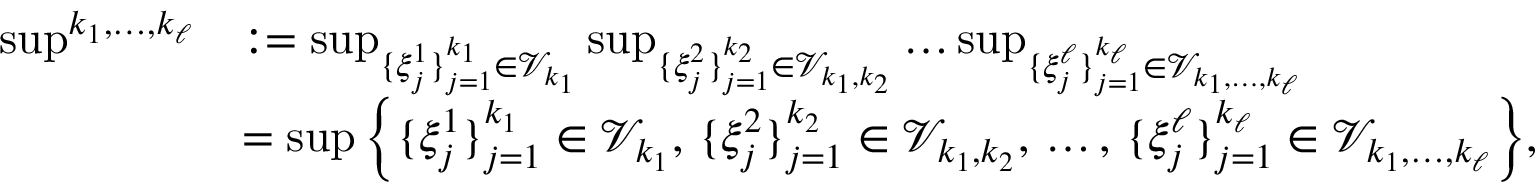
\begin{array} { r l } { { \operatorname* { s u p } } ^ { k _ { 1 } , \dots , k _ { \ell } } } & { : = \operatorname* { s u p } _ { \{ \xi _ { j } ^ { 1 } \} _ { j = 1 } ^ { k _ { 1 } } \in \mathcal { V } _ { k _ { 1 } } } \operatorname* { s u p } _ { \{ \xi _ { j } ^ { 2 } \} _ { j = 1 } ^ { k _ { 2 } } \in \mathcal { V } _ { k _ { 1 } , k _ { 2 } } } \dots \operatorname* { s u p } _ { \{ \xi _ { j } ^ { \ell } \} _ { j = 1 } ^ { k _ { \ell } } \in \mathcal { V } _ { k _ { 1 } , \dots , k _ { \ell } } } } \\ & { = \operatorname* { s u p } \Big \{ \{ \xi _ { j } ^ { 1 } \} _ { j = 1 } ^ { k _ { 1 } } \in \mathcal { V } _ { k _ { 1 } } , \, \{ \xi _ { j } ^ { 2 } \} _ { j = 1 } ^ { k _ { 2 } } \in \mathcal { V } _ { k _ { 1 } , k _ { 2 } } , \, \dots , \, \{ \xi _ { j } ^ { \ell } \} _ { j = 1 } ^ { k _ { \ell } } \in \mathcal { V } _ { k _ { 1 } , \dots , k _ { \ell } } \Big \} , } \end{array}